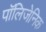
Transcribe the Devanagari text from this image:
पॉलिजेनिक